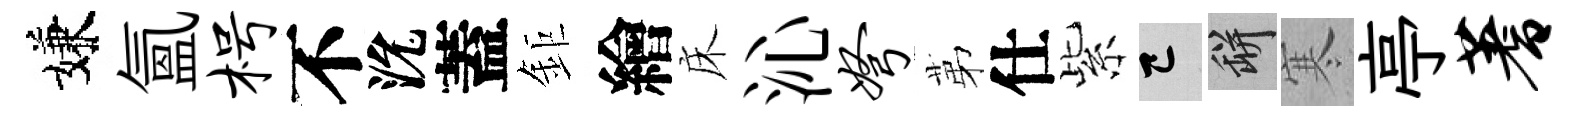
嫌氳枵不沇蓋鉅繪床沁弩苐仕紫巳瓶寒亭蓍